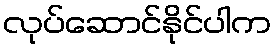
လုပ်ဆောင်နိုင်ပါက